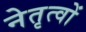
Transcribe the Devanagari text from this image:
नेतृत्वों